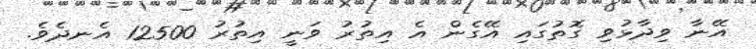
އޭނާ ވިދާޅުވި ގޮތުގައި އޭގެން އެ އިތުރު ވަނީ އިތުރު 12500 އެނދެވެ.